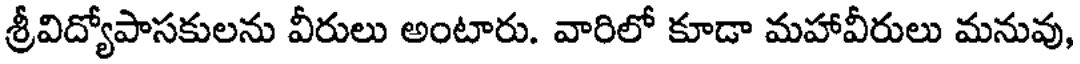
శ్రీవిద్యోపాసకులను వీరులు అంటారు. వారిలో కూడా మహావీరులు మనువు,